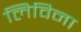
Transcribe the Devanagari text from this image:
लिविना